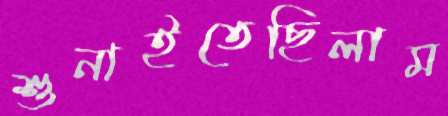
শুনাইতেছিলাম